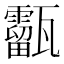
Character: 㽌